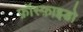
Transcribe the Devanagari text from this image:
फ़ॉस्फ़ाइडो